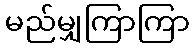
မည်မျှကြာကြာ